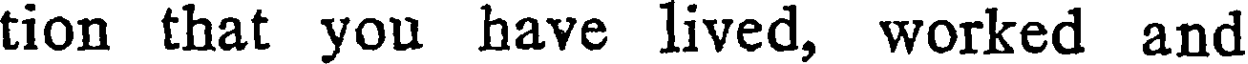
tion that you have lived, worked and